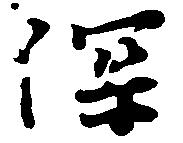
深